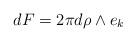
LaTeX: \begin{align*} d F = 2\pi d\rho\wedge e_k\end{align*}